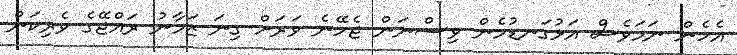
އެހެން ނަމަވެސް އަޅުގަނޑުމެން ވިސްނަން ޖެހޭނެ ވަރަށް ގިނަ ޒަމާނު ރައްޖޭގެ ވެރިކަން